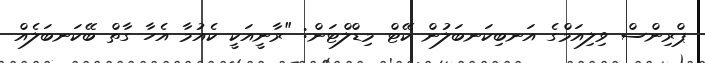
ޕްރިންސް ވިލިއަމްގެ އަނބިކަނބަލުން ކޭޓް މިޑްލްޓަން: "ރާނީއަކީ ކެއުމާ އެހާ ގާތް ބޭކަނބަލެއް